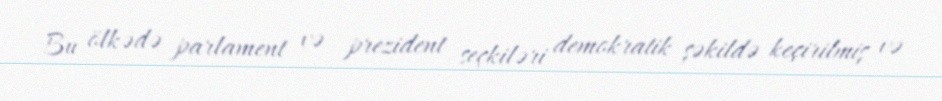
Bu ölkədə parlament və prezident seçkiləri demokratik şəkildə keçirilmiş və